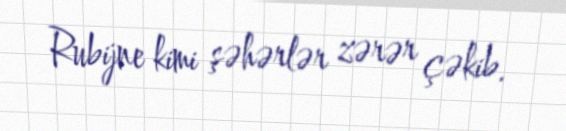
Rubijne kimi şəhərlər zərər çəkib.